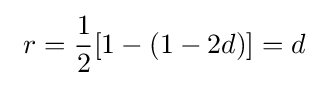
\ r={\frac {1}{2}}[1-(1-2d)]=d